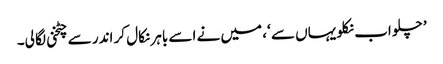
’ چلو اب نکلو یہاں سے ‘، میں نے اسے باہر نکال کر اندر سے چٹخنی لگا لی۔